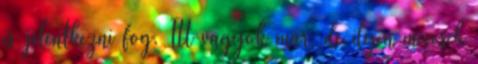
is jelentkezni fog. Itt vagyok már, de ilyen meccsek